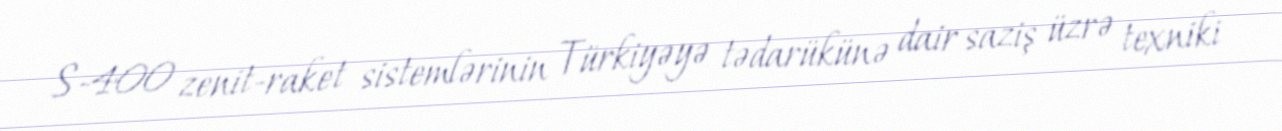
S-400 zenit-raket sistemlərinin Türkiyəyə tədarükünə dair saziş üzrə texniki